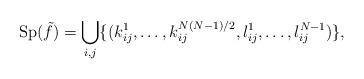
LaTeX: \begin{align*}\mathrm{Sp}(\tilde{f})=\bigcup_{i,j}\{(k_{ij}^1,\ldots,k_{ij}^{N(N-1)/2},l_{ij}^1,\ldots,l_{ij}^{N-1})\},\end{align*}